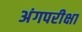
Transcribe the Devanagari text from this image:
अंगपरीक्षा